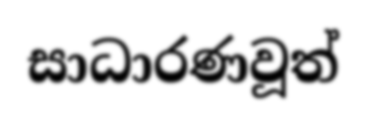
සාධාරණවූත්